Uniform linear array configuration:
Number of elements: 16
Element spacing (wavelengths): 0.25
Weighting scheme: exponential
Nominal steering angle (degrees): -60
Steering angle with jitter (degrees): -59.868
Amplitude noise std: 0.05
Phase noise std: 0.05

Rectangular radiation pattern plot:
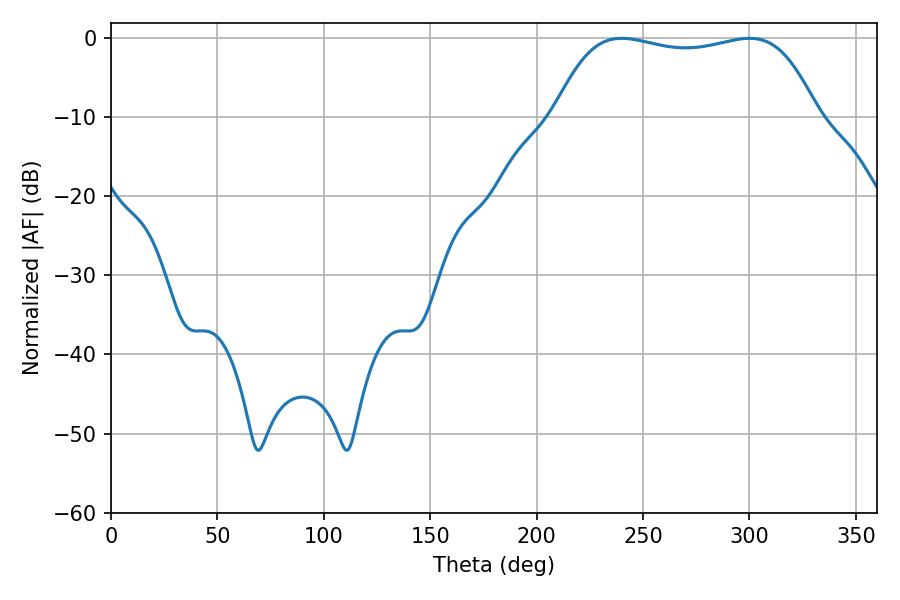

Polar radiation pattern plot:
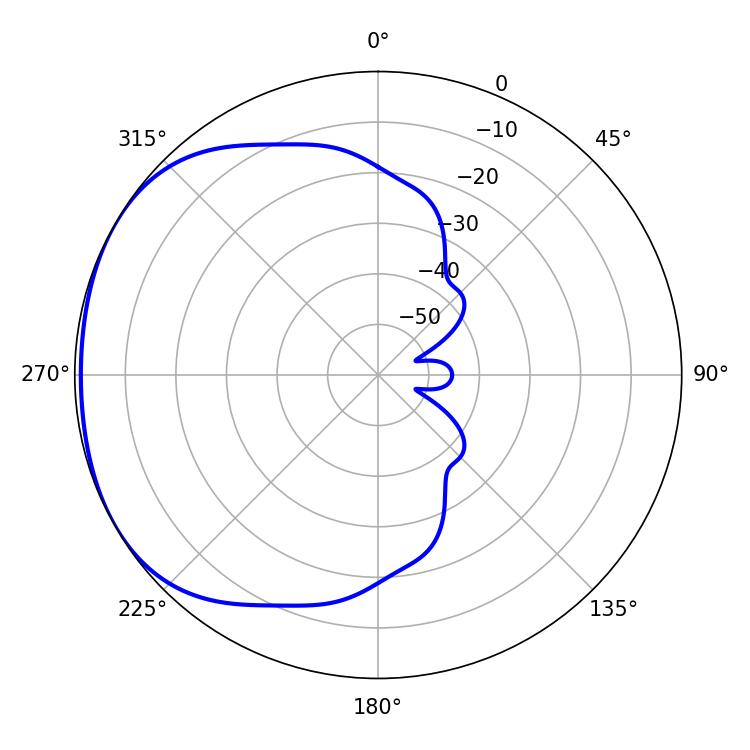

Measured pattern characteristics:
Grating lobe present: FALSE
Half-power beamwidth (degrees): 98.64
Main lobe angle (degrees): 239.94